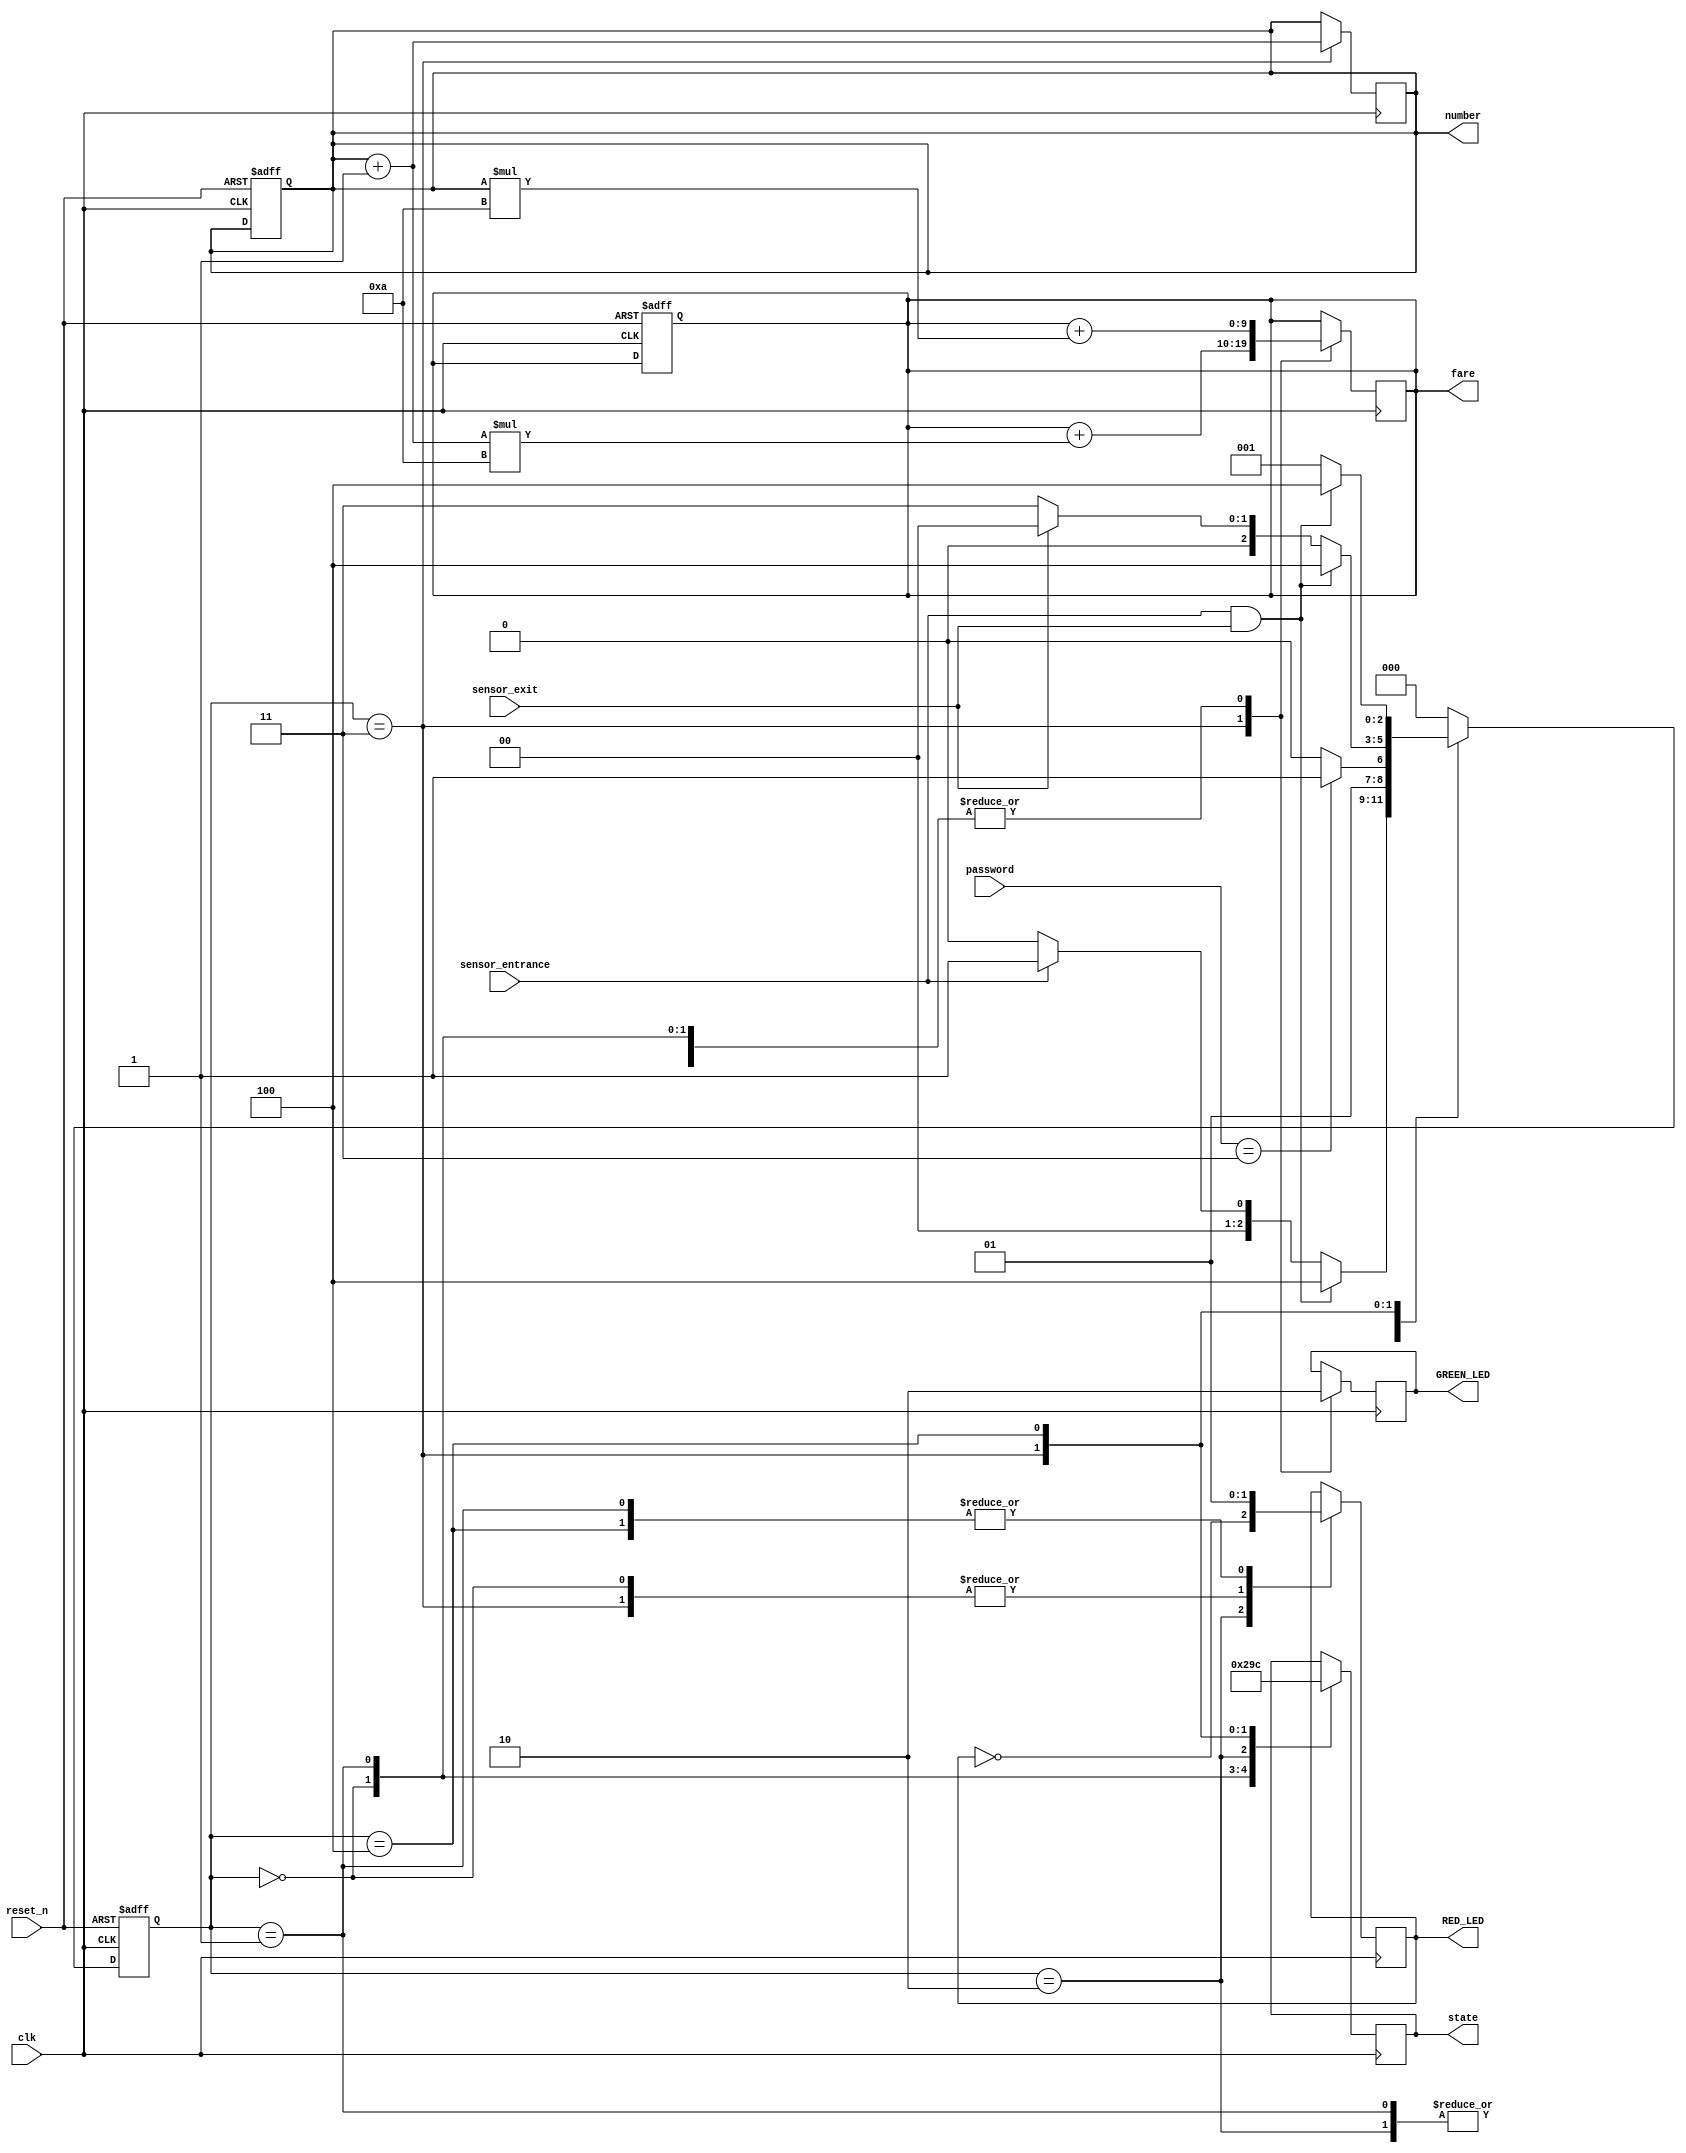
// Code your design here
`timescale 1ns / 1ps
module parking_system( 
 input clk, reset_n,
 input sensor_entrance, sensor_exit, 
 input[1:0] password,
 output wire GREEN_LED, RED_LED, 
 output reg[2:0] state,
 output reg[3:0] number,
 output reg[9:0] fare
 );
 parameter IDLE = 3'b000, WAIT_PASSWORD=3'b001, WRONG_PASS=3'b010, RIGHT_PASS=3'b011, STOP = 3'b100;
 reg[2:0] current_state, next_state;
 //reg[31:0] counter_wait;
 reg red_tmp,green_tmp;
  
  initial begin
   current_state = IDLE;
   number=4'b0000;
   fare=10'b0000000000;
  end

  always @(posedge clk or posedge reset_n)
   begin
    if(reset_n)
     begin
      current_state = IDLE;
      number=4'b0000;
      fare=10'b0000000000;
     end
    else
     begin
      current_state = next_state;      
     end
   end
 
  /*always @(posedge clk or posedge reset_n) 
   begin
    if(reset_n) 
     counter_wait <= 0;
    else if(current_state==WAIT_PASSWORD)
     counter_wait <= counter_wait + 1;
    else 
     counter_wait <= 0;
   end*/
 
 //State Interconnections...
 always @(*)
   begin
    case(current_state)
     IDLE: 
       begin
        if(sensor_entrance==1 && sensor_exit==1)
 		 next_state = STOP;
   		else if(sensor_entrance==1)
 		 next_state = WAIT_PASSWORD;
   		else
     	 next_state = IDLE;
 	   end
     WAIT_PASSWORD: 
       begin
 		//if(counter_wait <= 3)
 		 //next_state = WAIT_PASSWORD;
 		//else 
 	    // begin
          if((password==2'b11))
		   next_state = RIGHT_PASS;
		  else
		   next_state = WRONG_PASS;
	     //end
	   end
 	 WRONG_PASS: 
       begin
        if(password==2'b11)
 		 next_state = RIGHT_PASS;
 		else
		 next_state = WRONG_PASS;
	   end
     RIGHT_PASS: 
       begin
		if(sensor_entrance==1 && sensor_exit==1)
		 next_state = STOP;
		else if(sensor_exit==1)
		 next_state = IDLE;
		else
		 next_state = RIGHT_PASS;
		end
     STOP: 
       begin
		 if(sensor_entrance==1 && sensor_exit==1)
		  next_state = STOP;
		 else
 		  next_state = WAIT_PASSWORD;
 	   end
     default: next_state = IDLE;
    endcase
   end
 
 //Description of States
 always @(posedge clk) 
   begin 
     case(current_state)
 	 IDLE: 
     begin
 	  green_tmp = 1'b0;
 	  red_tmp = 1'b0;
 	  state = 3'b000; 
       fare = fare + (number*(4'b1010));
     end
     WAIT_PASSWORD: 
     begin
	  green_tmp = 1'b0;
	  red_tmp = 1'b1;
	  state = 3'b001;
       fare = fare + (number*(4'b1010));
     end
	 WRONG_PASS: 
     begin
	  green_tmp = 1'b0;
	  red_tmp = ~red_tmp;
	  state = 3'b010;  
       fare = fare + (number*(4'b1010));
	 end
	 RIGHT_PASS: 
     begin
	  green_tmp = 1'b1;
	  red_tmp = 1'b0;
	  state = 3'b011;
      number = number+4'b0001;
       fare = fare + (number*(4'b1010));
	 end
     STOP: 
     begin
	  green_tmp = 1'b0;
	  red_tmp = 1'b1;
	  state = 3'b100; 
      fare = fare + (number*(4'b1010));
     end
   endcase
 end
 assign RED_LED = red_tmp;
 assign GREEN_LED = green_tmp;
  
endmodule